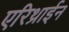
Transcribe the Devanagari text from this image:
एरिथ्राईन